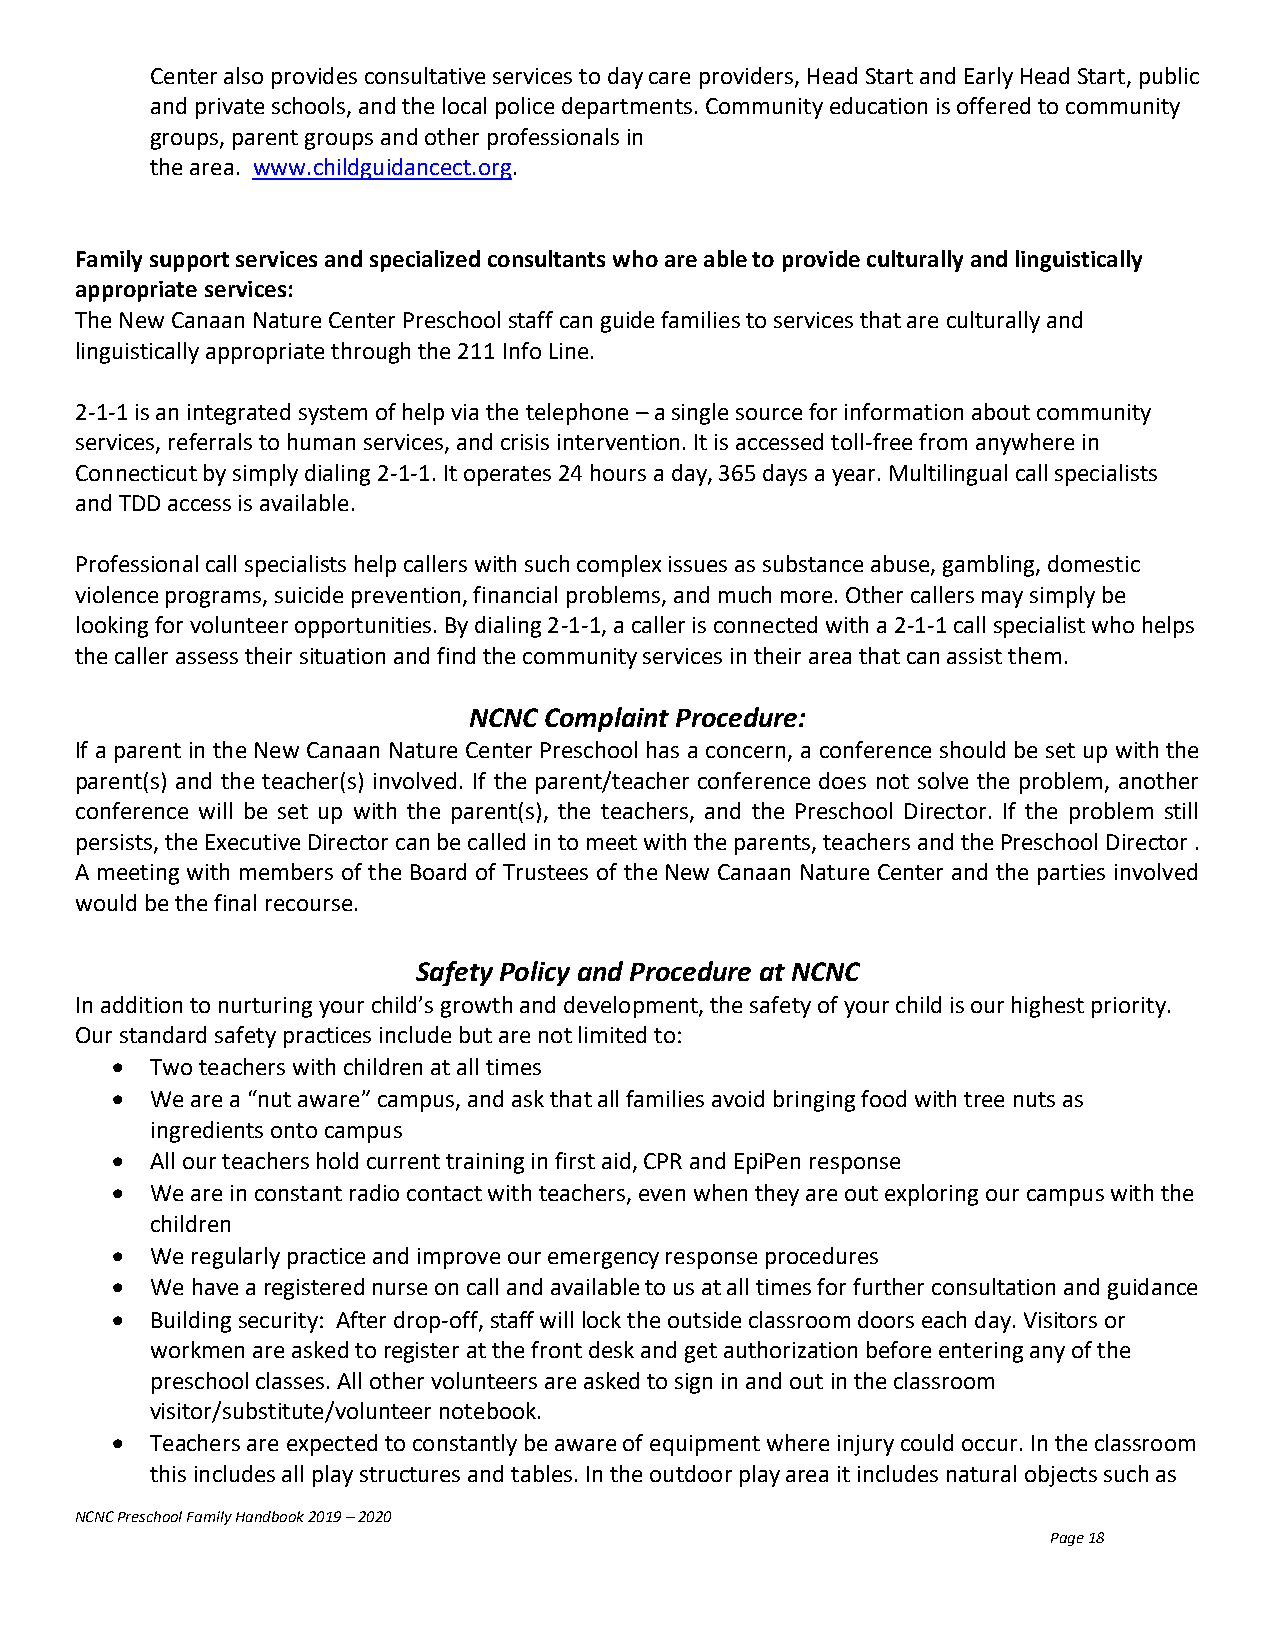
Center also provides consultative services to day care providers, Head Start and Early Head Start, public
 and private schools, and the local police departments. Community education is offered to community
 groups, parent groups and other professionals in
 the area. www.childguidancect.org.
 Family support services and specialized consultants who are able to provide culturally and linguistically
 appropriate services:
 The New Canaan Nature Center Preschool staff can guide families to services that are culturally and
 linguistically appropriate through the 211 Info Line.
 2-1-1 is an integrated system of help via the telephone – a single source for information about community
 services, referrals to human services, and crisis intervention. It is accessed toll-free from anywhere in
 Connecticut by simply dialing 2-1-1. It operates 24 hours a day, 365 days a year. Multilingual call specialists
 and TDD access is available.
 Professional call specialists help callers with such complex issues as substance abuse, gambling, domestic
 violence programs, suicide prevention, financial problems, and much more. Other callers may simply be
 looking for volunteer opportunities. By dialing 2-1-1, a caller is connected with a 2-1-1 call specialist who helps
 the caller assess their situation and find the community services in their area that can assist them.
 NCNC Complaint Procedure:
 If a parent in the New Canaan Nature Center Preschool has a concern, a conference should be set up with the
 parent(s) and the teacher(s) involved. If the parent/teacher conference does not solve the problem, another
 conference will be set up with the parent(s), the teachers, and the Preschool Director. If the problem still
 persists, the Executive Director can be called in to meet with the parents, teachers and the Preschool Director .
 A meeting with members of the Board of Trustees of the New Canaan Nature Center and the parties involved
 would be the final recourse.
 Safety Policy and Procedure at NCNC
 In addition to nurturing your child’s growth and development, the safety of your child is our highest priority.
 Our standard safety practices include but are not limited to:
 •  Two teachers with children at all times
 •  We are a “nut aware” campus, and ask that all families avoid bringing food with tree nuts as
 ingredients onto campus
 •  All our teachers hold current training in first aid, CPR and EpiPen response
 •  We are in constant radio contact with teachers, even when they are out exploring our campus with the
 children
 •  We regularly practice and improve our emergency response procedures
 •  We have a registered nurse on call and available to us at all times for further consultation and guidance
 •  Building security: After drop-off, staff will lock the outside classroom doors each day. Visitors or
 workmen are asked to register at the front desk and get authorization before entering any of the
 preschool classes. All other volunteers are asked to sign in and out in the classroom
 visitor/substitute/volunteer notebook.
 •  Teachers are expected to constantly be aware of equipment where injury could occur. In the classroom
 this includes all play structures and tables. In the outdoor play area it includes natural objects such as
 NCNC Preschool Family Handbook 2019 – 2020
 Page 18